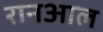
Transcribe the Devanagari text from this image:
रानआल